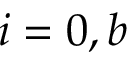
i = 0 , b